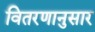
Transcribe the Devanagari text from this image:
वितरणानुसार